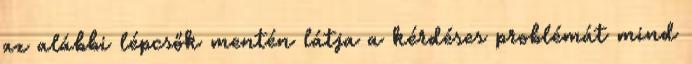
az alábbi lépcsők mentén látja a kérdéses problémát mind